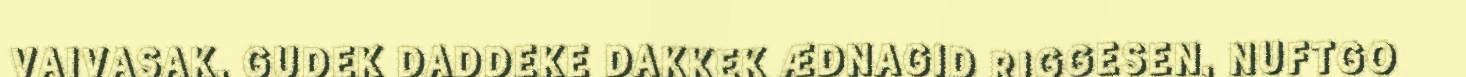
VAIVASAK, GUDEK DADDEKE DAKKEK ÆDNAGID RIGGESEN, NUFTGO